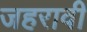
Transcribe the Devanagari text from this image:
जहरावी